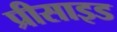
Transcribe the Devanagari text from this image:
प्रीसाइड